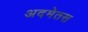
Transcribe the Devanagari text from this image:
अदमेतस